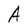
Character: A